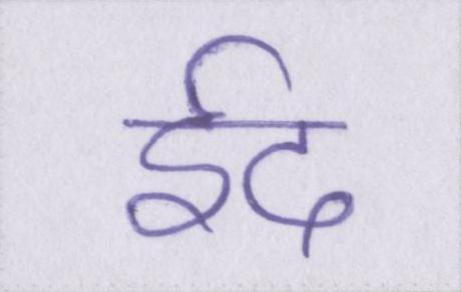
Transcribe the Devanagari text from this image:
ईद